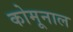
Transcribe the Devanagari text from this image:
कोमूनाल